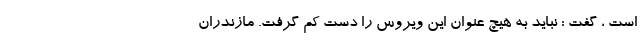
است ، گفت : نباید به هیچ عنوان این ویروس را دست کم گرفت. مازندران